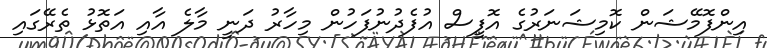
އިންފޮމޭޝަން ކޮމިޝަނަރުގެ އޮފީސް އުފެދުނުފަހުން މިހާރު ދަނީ މާލެ އާއި އަތޮޅު ތެރޭގައި